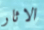
الاثار